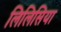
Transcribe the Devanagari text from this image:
लिलिसिया